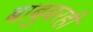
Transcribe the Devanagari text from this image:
बाबुबरही